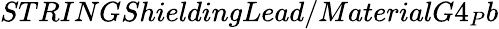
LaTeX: STRINGShieldingLead/MaterialG4_{P}b